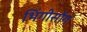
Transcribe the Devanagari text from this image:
भिंगीसोंग